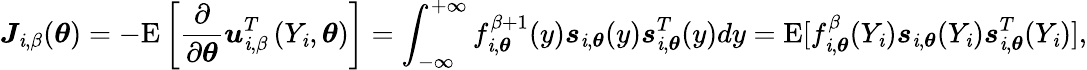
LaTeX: \boldsymbol{J}_{\mathit{i},\beta}(\boldsymbol{\theta})=-\mathrm{{E}}\left[\frac{{\partial}}{{\partial\boldsymbol{\theta}}}\boldsymbol{u}_{\mathit{i},\beta}^{T}\left(Y_{\mathit{i}},\boldsymbol{\theta}\right)\right]=\int_{\mathcal{{-\infty}}}^{+\infty}f_{\mathit{i},\boldsymbol{\theta}}^{\beta+1}(y)\boldsymbol{s}_{\mathit{i},\boldsymbol{\theta}}(y)\boldsymbol{s}_{\mathit{i},\boldsymbol{\theta}}^{T}(y)dy=\mathrm{{E}}[f_{\mathit{i},\boldsymbol{\theta}}^{\beta}(Y_{\mathit{i}})\boldsymbol{s}_{\mathit{i},\boldsymbol{\theta}}(Y_{\mathit{i}})\boldsymbol{s}_{\mathit{i},\boldsymbol{\theta}}^{T}(Y_{\mathit{i}})],